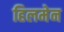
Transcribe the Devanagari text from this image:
हिलमेन